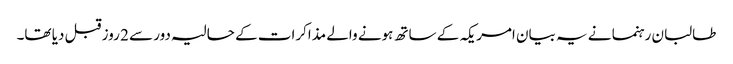
طالبان رہنما نے یہ بیان امریکہ کے ساتھ ہونے والے مذاکرات کے حالیہ دور سے 2 روز قبل دیا تھا۔